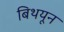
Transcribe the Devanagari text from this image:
बिथयून